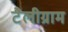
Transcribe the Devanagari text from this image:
टैलीग्राम